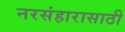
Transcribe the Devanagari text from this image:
नरसंहारासाठी